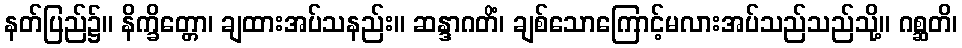
နတ်ပြည်၌။ နိက္ခိတ္တော၊ ချထားအပ်သနည်း။ ဆန္ဒာဂတိံ၊ ချစ်သောကြောင့်မလားအပ်သည်သည်သို့။ ဂစ္ဆတိ၊